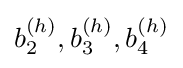
{b_{2}^{(h)},b_{3}^{(h)},b_{4}^{(h)}}